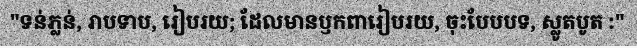
"ទន់ភ្លន់, រាបទាប, រៀបរយ; ដែលមានឫកពារៀបរយ, ចុះបែបបទ, ស្លូតបូត :"